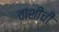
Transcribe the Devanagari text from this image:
वाशीची